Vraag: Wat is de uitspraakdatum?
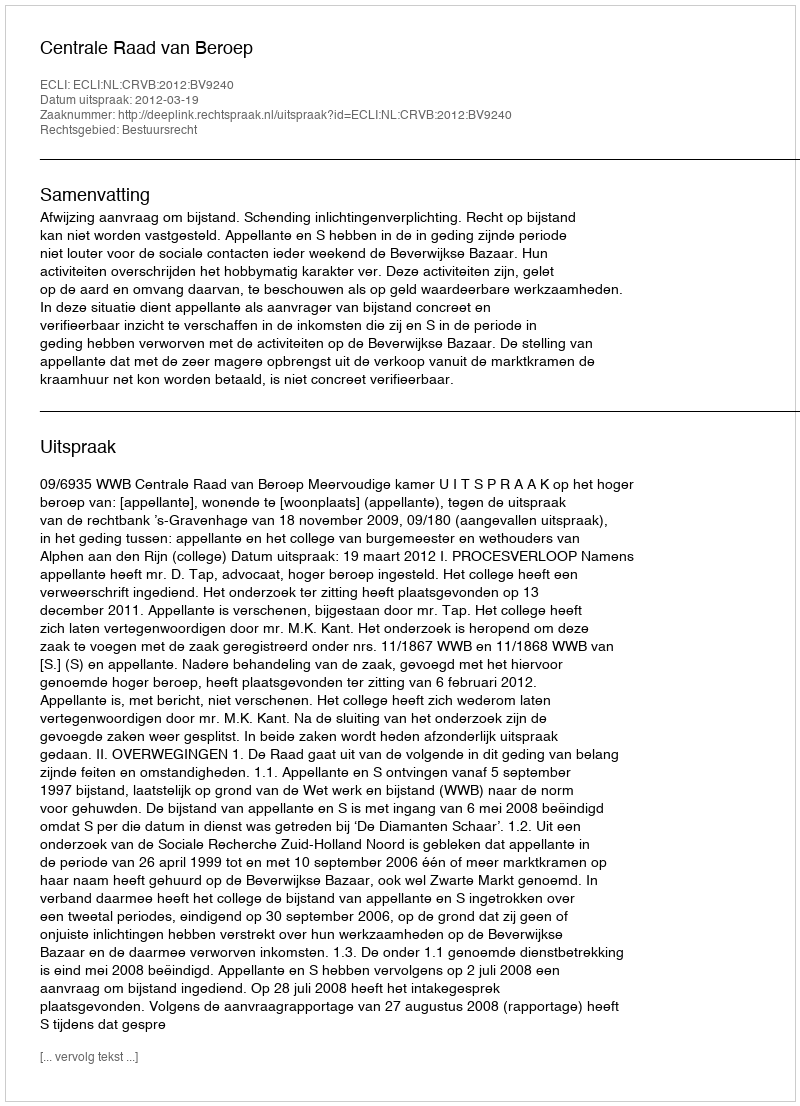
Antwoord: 2012-03-19